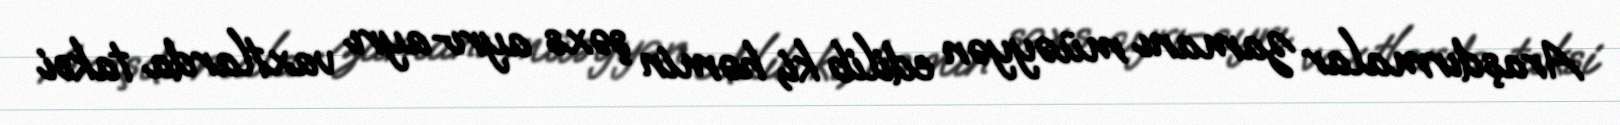
Araşdırmalar zamanı müəyyən edilib ki, həmin şəxs ayrı-ayrı vaxtlarda taksi